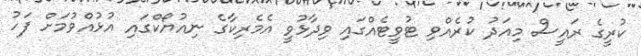
ކުރީގެ ރައީސް މިއަދު ކުރެއްވި ޓުވީޓެއްގައި ވިދާޅުވީ އެމެރިކާގެ ނިއުޔޯކްގައި އުޅުއްވުމަށް ފަހު